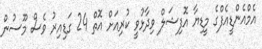
އެމްއެންޑީއެފްގެ މީޑިޔާ އޮފިޝަލް ވިދާޅުވީ ކުރިއަށް އޮތް 24 ގަޑިއިރު ވެސް މޫސުން